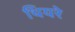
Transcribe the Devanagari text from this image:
थियरे